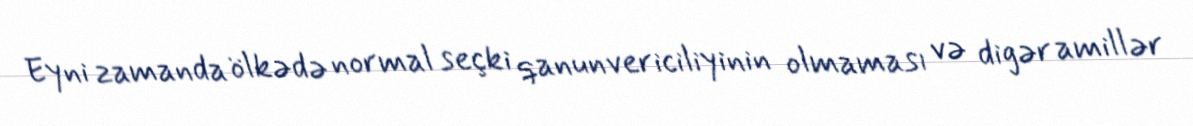
Eyni zamanda ölkədə normal seçki qanunvericiliyinin olmaması və digər amillər